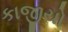
કાજીયો